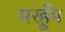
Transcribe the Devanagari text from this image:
मरहूँम